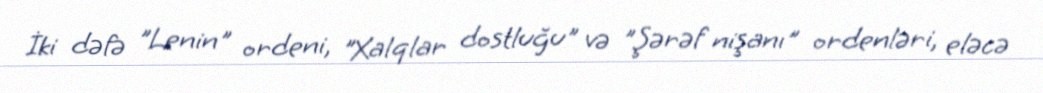
İki dəfə "Lenin" ordeni, "Xalqlar dostluğu" və "Şərəf nişanı" ordenləri, eləcə